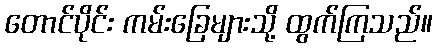
တောင်ပိုင်း ကမ်းခြေများသို့ ထွက်ကြသည်။